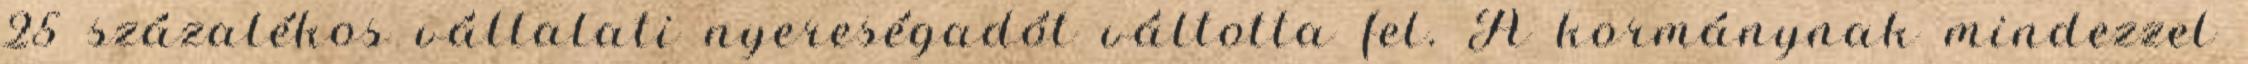
25 százalékos vállalati nyereségadót váltotta fel. A kormánynak mindezzel